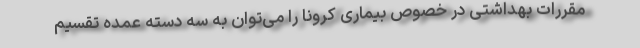
مقررات بهداشتی در خصوص بیماری کرونا را می‌توان به سه دسته عمده تقسیم